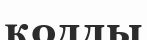
қодды